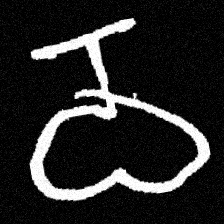
Pyu character \u2014 Myanmar letter: ဝ (romanized: wa)